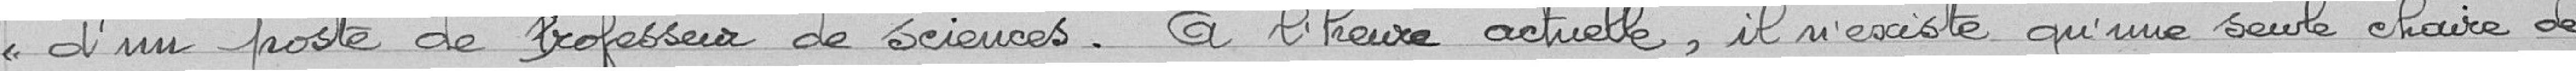
" d'un poste de professeur de sciences. A l'heure actuelle, il n'existe qu'une seule chaire de